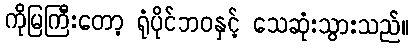
ကိုမြကြီးတော့ ရုံပိုင်ဘဝနှင့် သေဆုံးသွားသည်။